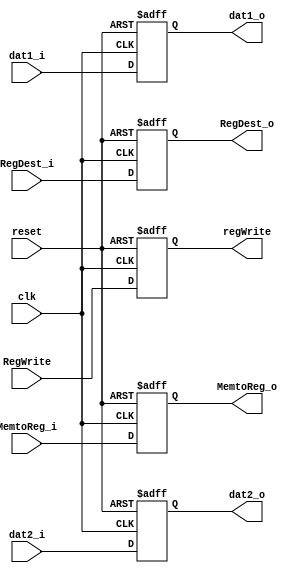
`timescale 1ns / 1ps
//////////////////////////////////////////////////////////////////////////////////
// Company: 
// Engineer: 
// 
// Design Name: 
// Module Name:    MEMWBregister 
// Project Name: 
// Target Devices: 
// Tool versions: 
// Description: 
//
// Dependencies: 
//
// Revision: 
// Revision 0.01 - File Created
// Additional Comments: 
//
//////////////////////////////////////////////////////////////////////////////////
module MEMWBregister(
   input [31:0] dat1_i,
	input [31:0] dat2_i,
	output reg [31:0] dat1_o,
	output reg [31:0] dat2_o,
	input [4:0] RegDest_i,
	output reg [4:0] RegDest_o,
	input RegWrite,
	output reg regWrite,
	input clk,
	input reset,
	input MemtoReg_i,
	output reg MemtoReg_o
	
    );
	
	 
	 always @ (posedge clk, posedge reset)
begin
	 if (reset == 1)
	 begin
	 dat1_o <= 32'b0;
	 dat2_o <= 32'b0;
	 regWrite <= 1'b0;
	 RegDest_o <= 3'b0;
	 MemtoReg_o <= 0;
	 
	 end
	 else 
	 begin
	 dat1_o <= dat1_i;
	 dat2_o <= dat2_i;
	 regWrite <= RegWrite;
	 RegDest_o <= RegDest_i;
	 MemtoReg_o <= MemtoReg_i;
	 end

	 
end

endmodule